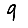
Digit: 9